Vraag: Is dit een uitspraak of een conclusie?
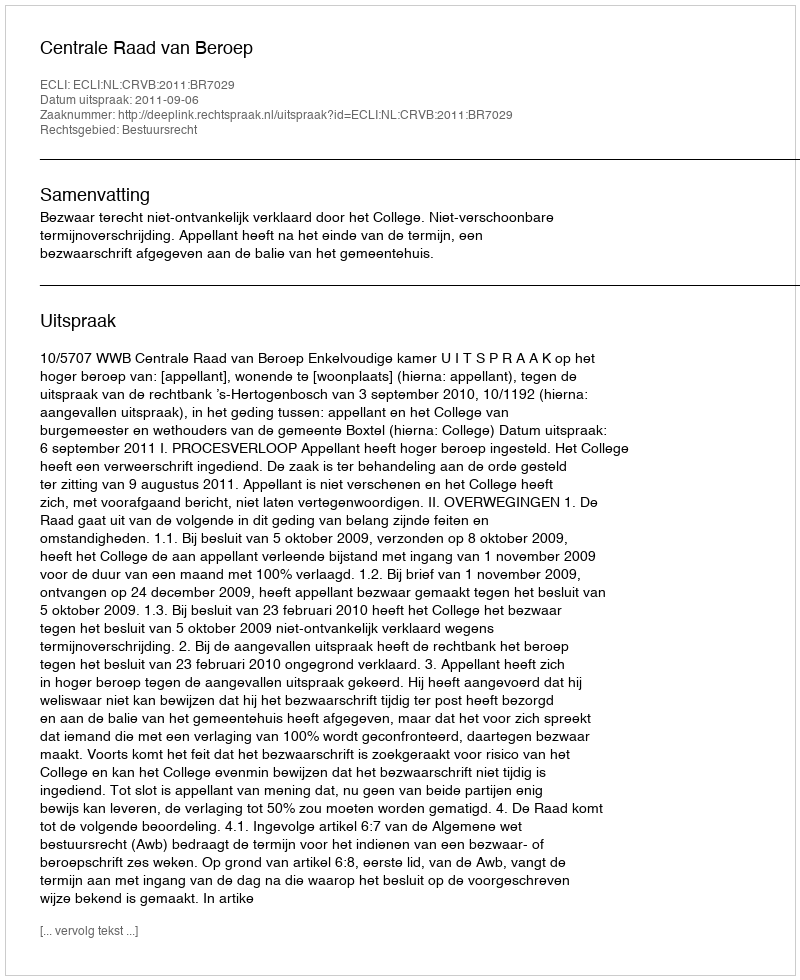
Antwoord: Uitspraak